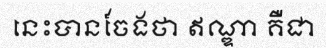
នេះបានចែងថា ឥណ្ឌា គឺជា